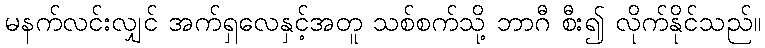
မနက်လင်းလျှင် အက်ရှလေနှင့်အတူ သစ်စက်သို့ ဘာဂီ စီး၍ လိုက်နိုင်သည်။